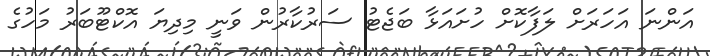
އަންނަ އަހަރަށް ލަފާކޮށް ހުށައަޅާ ބަޖެޓު ސަރުކާރުން ވަނީ މިދިޔަ އޮކްޓޫބަރު މަހުގެ